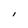
Character: I